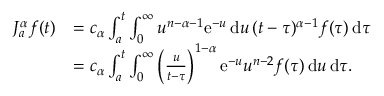
\begin{array} { r l } { J _ { a } ^ { \alpha } f ( t ) } & { = c _ { \alpha } \int _ { a } ^ { t } \int _ { 0 } ^ { \infty } u ^ { n - \alpha - 1 } \mathrm e ^ { - u } \, \mathrm d u \, ( t - \tau ) ^ { \alpha - 1 } f ( \tau ) \, \mathrm d \tau } \\ & { = c _ { \alpha } \int _ { a } ^ { t } \int _ { 0 } ^ { \infty } \left( \frac { u } { t - \tau } \right) ^ { 1 - \alpha } \mathrm e ^ { - u } u ^ { n - 2 } f ( \tau ) \, \mathrm d u \, \mathrm d \tau . } \end{array}